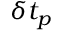
\delta t _ { p }